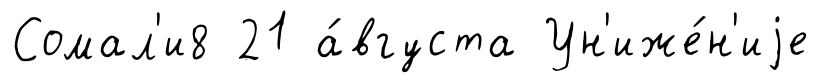
Сомал'и8 21 а́вгуста Ун'иже́н'иjе